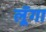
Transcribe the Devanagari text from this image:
लूॅगा